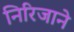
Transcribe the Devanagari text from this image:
निरिजाने